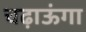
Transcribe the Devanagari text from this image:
चढ़ाऊंगा